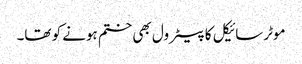
موٹرسائیکل کا پیٹرول بھی ختم ہونے کو تھا۔